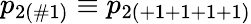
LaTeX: p_{2(\# 1)}\equiv p_{2(+1+1+1+1)}